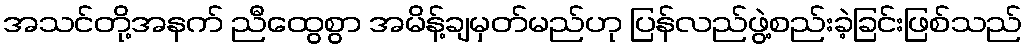
အသင်တို့အနက် ညီထွေစွာ အမိန့်ချမှတ်မည်ဟု ပြန်လည်ဖွဲ့စည်းခဲ့ခြင်းဖြစ်သည်